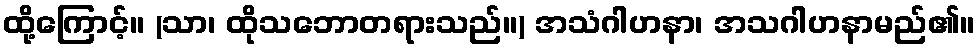
ထို့ကြောင့်။ (သာ၊ ထိုသဘောတရားသည်။) အသံဂါဟနာ၊ အသဂါဟနာမည်၏။